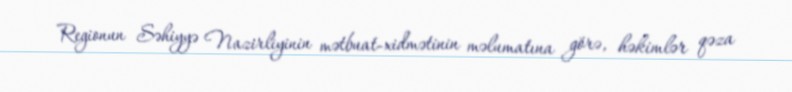
Regionun Səhiyyə Nazirliyinin mətbuat-xidmətinin məlumatına görə, həkimlər qəza